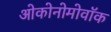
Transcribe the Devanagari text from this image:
ओकोनोमोवॉक